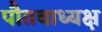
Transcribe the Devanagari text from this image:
पौतवाध्यक्ष